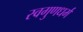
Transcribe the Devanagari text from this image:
स्वगुणधर्म